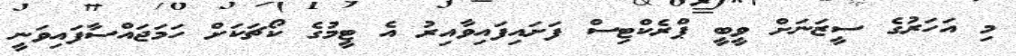
މި އަހަރުގެ ސީޒަނަށް ވީބީ ޕްރެކްޓިސް ފަށައިފައިވާއިރު އެ ޓީމުގެ ކޯޗަކަށް ހަމަޖައްސާފައިވަނީ